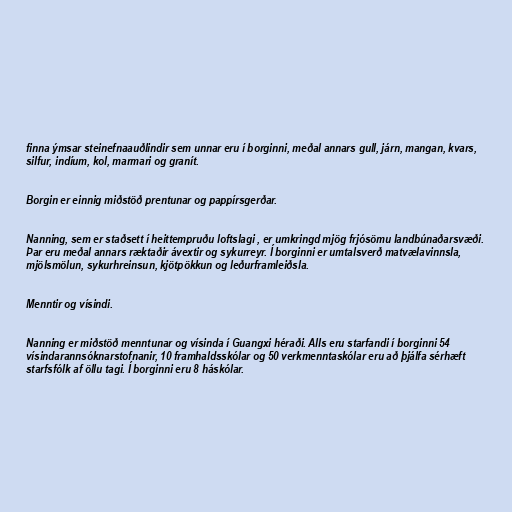
finna ýmsar steinefnaauðlindir sem unnar eru í borginni, meðal annars gull, járn, mangan, kvars,
silfur, indíum, kol, marmari og granít.

Borgin er einnig miðstöð prentunar og pappírsgerðar.

Nanning, sem er staðsett í heittempruðu loftslagi , er umkringd mjög frjósömu landbúnaðarsvæði.
Þar eru meðal annars ræktaðir ávextir og sykurreyr. Í borginni er umtalsverð matvælavinnsla,
mjölsmölun, sykurhreinsun, kjötpökkun og leðurframleiðsla.

Menntir og vísindi.

Nanning er miðstöð menntunar og vísinda í Guangxi héraði. Alls eru starfandi í borginni 54
vísindarannsóknarstofnanir, 10 framhaldsskólar og 50 verkmenntaskólar eru að þjálfa sérhæft
starfsfólk af öllu tagi. Í borginni eru 8 háskólar.